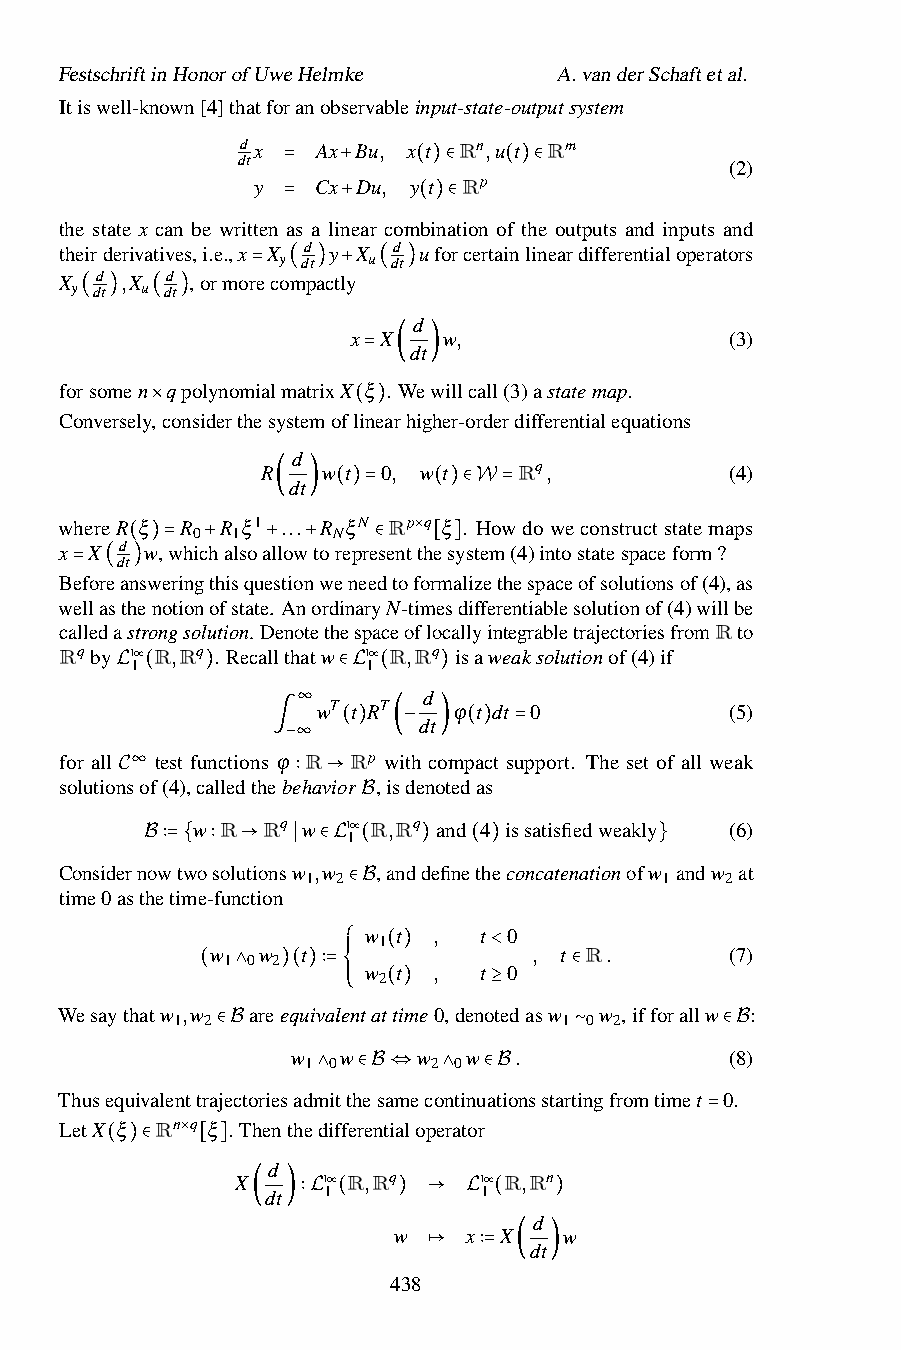
FestschriftinHonorofUweHelmke    A.vanderSchaftetal.
 Itiswell-known[4]thatforanobservableinput-state-outputsystem
 dx   Ax Bu, x t Rn,u t Rm
 dt
 (2)
 y   Cx Du, y t Rp
 =   +    ( )∈ ( )∈
 the state x can be written=as a lin+ear com(bi)na∈tion of the outputs and inputs and
 theirderivatives,i.e.,x X d y X d uforcertainlineardifferentialoperators
 y dt  u dt
 X d ,X d ,ormorecompactly
 y dt u dt   = ( ) + ( )
 ( )  ( )              d
 x X   w,                 (3)
 dt
 forsomen qpolynomialmatrixX =ξ .(We)willcall(3)astatemap.
 Conversely,considerthesystemoflinearhigher-orderdifferentialequations
 ×            ( )
 d
 R   w t 0, w t   Rq,           (4)
 dt
 whereR ξ R R ξ1 ( ... ) R( ξ)N= Rp q( ξ) .∈ HW ow= doweconstructstatemaps
 0 1      N
 x X dd
 t
 w,whichalsoallowtorepresent×thesystem(4)intostatespaceform?
 ( )= +   + +    ∈   [ ]
 Beforeansweringthisquestionweneedtoformalizethespaceofsolutionsof(4),as
 = ( )
 wellasthenotionofstate. AnordinaryN-timesdifferentiablesolutionof(4)willbe
 calledastrongsolution. DenotethespaceoflocallyintegrabletrajectoriesfromRto
 Rqby loc R,Rq . Recallthatw loc R,Rq isaweaksolutionof(4)if
 1              1
 d
 L (   )      wT∈ tL R(T )
 ϕ t dt 0          (5)
 ∞       dt
 for all test functions∫ϕ−∞R (R)p w(i−th co)mp(a)ct s=upport. The set of all weak
 solutions∞of(4),calledthebehavior ,isdenotedas
 C           ∶ →
 w R Rq w  l 1ocBR,Rq and 4 issatisfiedweakly (6)
 ConsidernBow∶=t{wo∶solu→tionsw∣ 1,∈wL2 (,andd)efine(th)econcatenationofw}1andw 2at
 time0asthetime-function
 ∈B
 w t  ,  t 0
 1
 w  w  t              , t R.       (7)
 1 0 2
 ⎧
 ⎪⎪
 w 2(t
 )
 ,  t <0
 (  ∧  )( )∶=⎨            ∈
 Wesaythatw 1,w
 2
 areequivale⎪⎪ ⎩ntat(ti)me0,deno≥tedasw
 1
 0w 2,ifforallw :
 ∈B   w 1 0w   w 2 0w .  ∼         ∈(8B)
 Thusequivalenttrajectoriesadm∧itth∈eBsa⇔meco∧ntinu∈atBionsstartingfromtimet 0.
 LetX ξ Rn q ξ . Thenthedifferentialoperator
 =
 ×
 d
 ( )∈  [ ] X   loc R,Rq   loc R,Rn
 dt 1          1
 d
 ( )∶L (  w) → Lx (X )w
 dt
 438 ↦ ∶= ( )